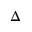
\Delta